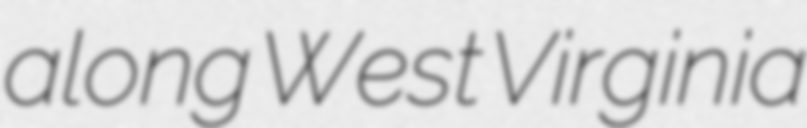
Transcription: along West Virginia